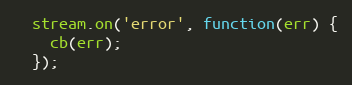
Language: JavaScript
  stream.on('error', function(err) {
    cb(err);
  });